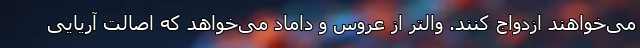
می‌خواهند ازدواج کنند. والتر از عروس و داماد می‌خواهد که اصالت آریایی